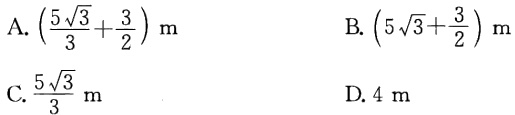
A. \(\left(\frac{5\sqrt{3}}{3}+\frac{3}{2}\right)\text{ m}\)  B. \(\left(5\sqrt{3}+\frac{3}{2}\right)\text{ m}\)

C. \(\frac{5\sqrt{3}}{3}\text{ m}\)  D. \(4\text{ m}\)